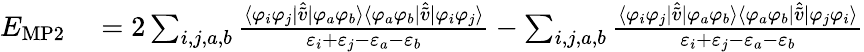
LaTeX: \begin{array}{rl}{E_{\mathrm{MP2}}}&{{}=2\sum_{i,j,a,b}{\frac{\langle\varphi_{i}\varphi_{j}|{\hat{\tilde{v}}}|\varphi_{a}\varphi_{b}\rangle\langle\varphi_{a}\varphi_{b}|{\hat{\tilde{v}}}|\varphi_{i}\varphi_{j}\rangle}{\varepsilon_{i}+\varepsilon_{j}-\varepsilon_{a}-\varepsilon_{b}}}-\sum_{i,j,a,b}{\frac{\langle\varphi_{i}\varphi_{j}|{\hat{\tilde{v}}}|\varphi_{a}\varphi_{b}\rangle\langle\varphi_{a}\varphi_{b}|{\hat{\tilde{v}}}|\varphi_{j}\varphi_{i}\rangle}{\varepsilon_{i}+\varepsilon_{j}-\varepsilon_{a}-\varepsilon_{b}}}}\end{array}